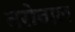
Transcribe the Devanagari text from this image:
तरोवाल